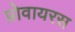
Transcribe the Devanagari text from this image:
प्रोवायरस